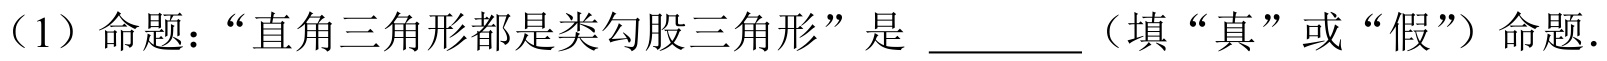
（1）命题：“直角三角形都是类勾股三角形”是 \_\_\_\_\_（填“真”或“假”）命题.